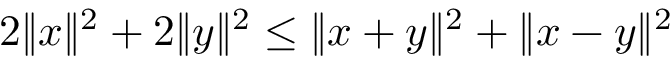
2 \| x \| ^ { 2 } + 2 \| y \| ^ { 2 } \leq \| x + y \| ^ { 2 } + \| x - y \| ^ { 2 }